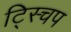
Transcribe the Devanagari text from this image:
ट्स्चिप